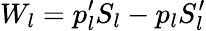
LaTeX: W_{l}=p_{l}^{\prime}S_{l}-p_{l}S_{l}^{\prime}